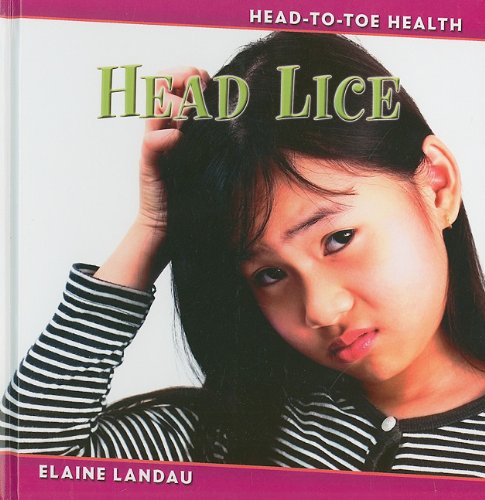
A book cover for Head Lice (Head-to-Toe Health); Elaine Landau; Health, Fitness & Dieting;